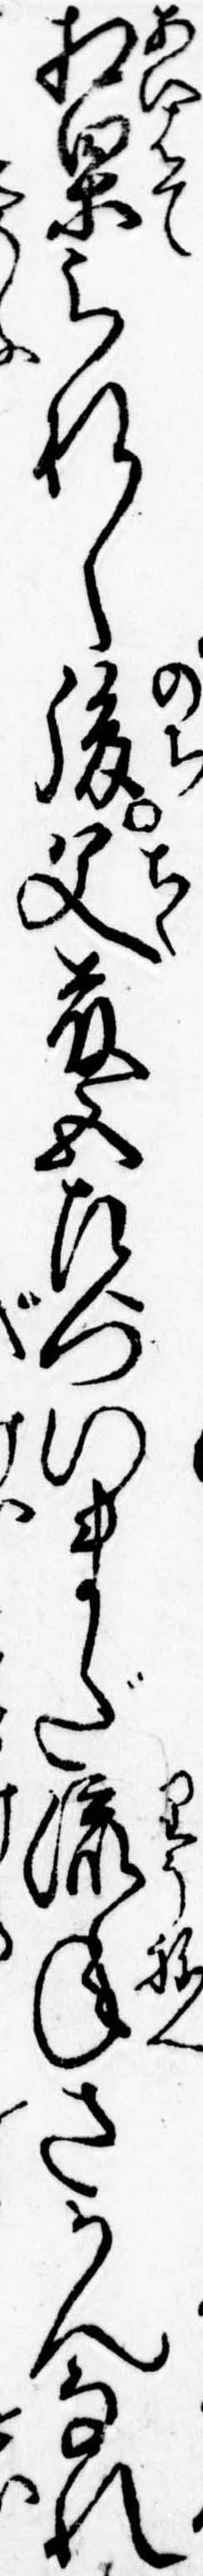
相果られし後父藤五左門いまだ流年さかんなれ